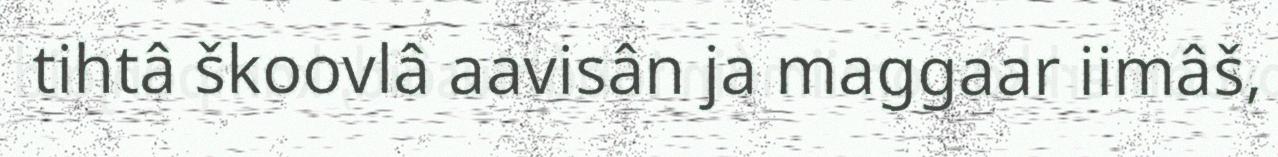
tihtâ škoovlâ aavisân ja maggaar iimâš,